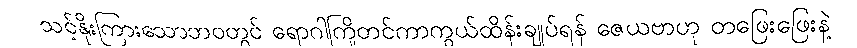
သင့်နိုးကြားသောဘဝတွင် ရောဂါကြိုတင်ကာကွယ်ထိန်းချုပ်ရန် ဇေယဗာဟု တဖြေးဖြေးနဲ့